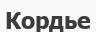
Кордье